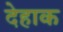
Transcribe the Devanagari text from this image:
देहाक